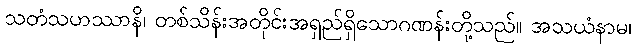
သတံသဟဿာနိ၊ တစ်သိန်းအတိုင်းအရှည်ရှိသောဂဏန်းတို့သည်။ အသယံနာမ၊